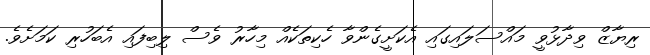
ރިޔާޒް ވިދާޅުވީ މައްސަލައިގައި އެކަށީގެންވާ ހެކިތަކެއް މިހާރު ވެސް ލިބިފައި އެބަހުރި ކަމަށެވެ.